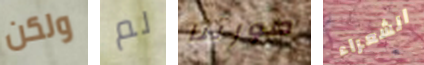
ولكن لم صورتنا الشعراء